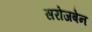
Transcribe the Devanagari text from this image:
सरोजबेन